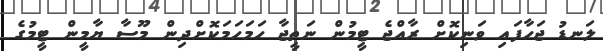
ލަނޑު ޖަހާފައި ވަނިކޮށް ރާއްޖެ ޓީމުން ނަތީޖާ ހަމަހަމަކޮށްދިން މޫސާ ޔާމީން ޓީމުގެ